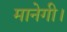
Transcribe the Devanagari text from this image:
मानेगी।